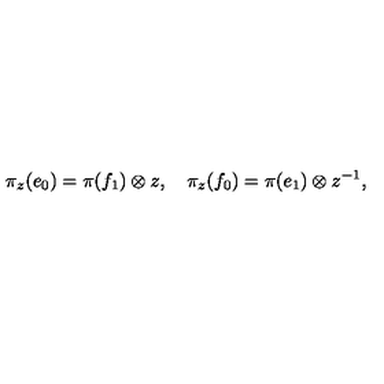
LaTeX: \pi _ { z } ( e _ { 0 } ) = \pi ( f _ { 1 } ) \otimes z , \quad \pi _ { z } ( f _ { 0 } ) = \pi ( e _ { 1 } ) \otimes z ^ { - 1 } ,